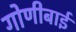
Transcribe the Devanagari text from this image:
गोणीबाई